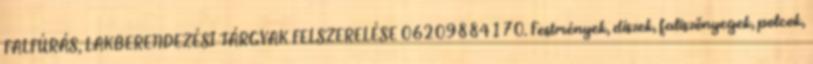
FALFÚRÁS, LAKBERENDEZÉSI TÁRGYAK FELSZERELÉSE 06209884170. Festmények, díszek, faliszőnyegek, polcok,